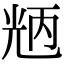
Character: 𠒝